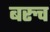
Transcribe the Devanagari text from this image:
बरुच